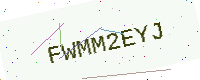
Text: FWMM2EYJ